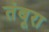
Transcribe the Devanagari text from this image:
तंबूरा